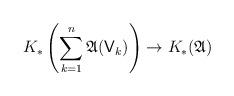
LaTeX: \begin{align*} K_\ast\left(\sum_{k=1}^n \mathfrak A(\mathsf V_k)\right) \to K_\ast(\mathfrak A) \end{align*}